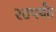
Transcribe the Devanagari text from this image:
२७पर्यंत